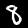
Digit: 8